38_143685_box7_Incident_Summaries_1-100
Agency: Department of War
Page 40
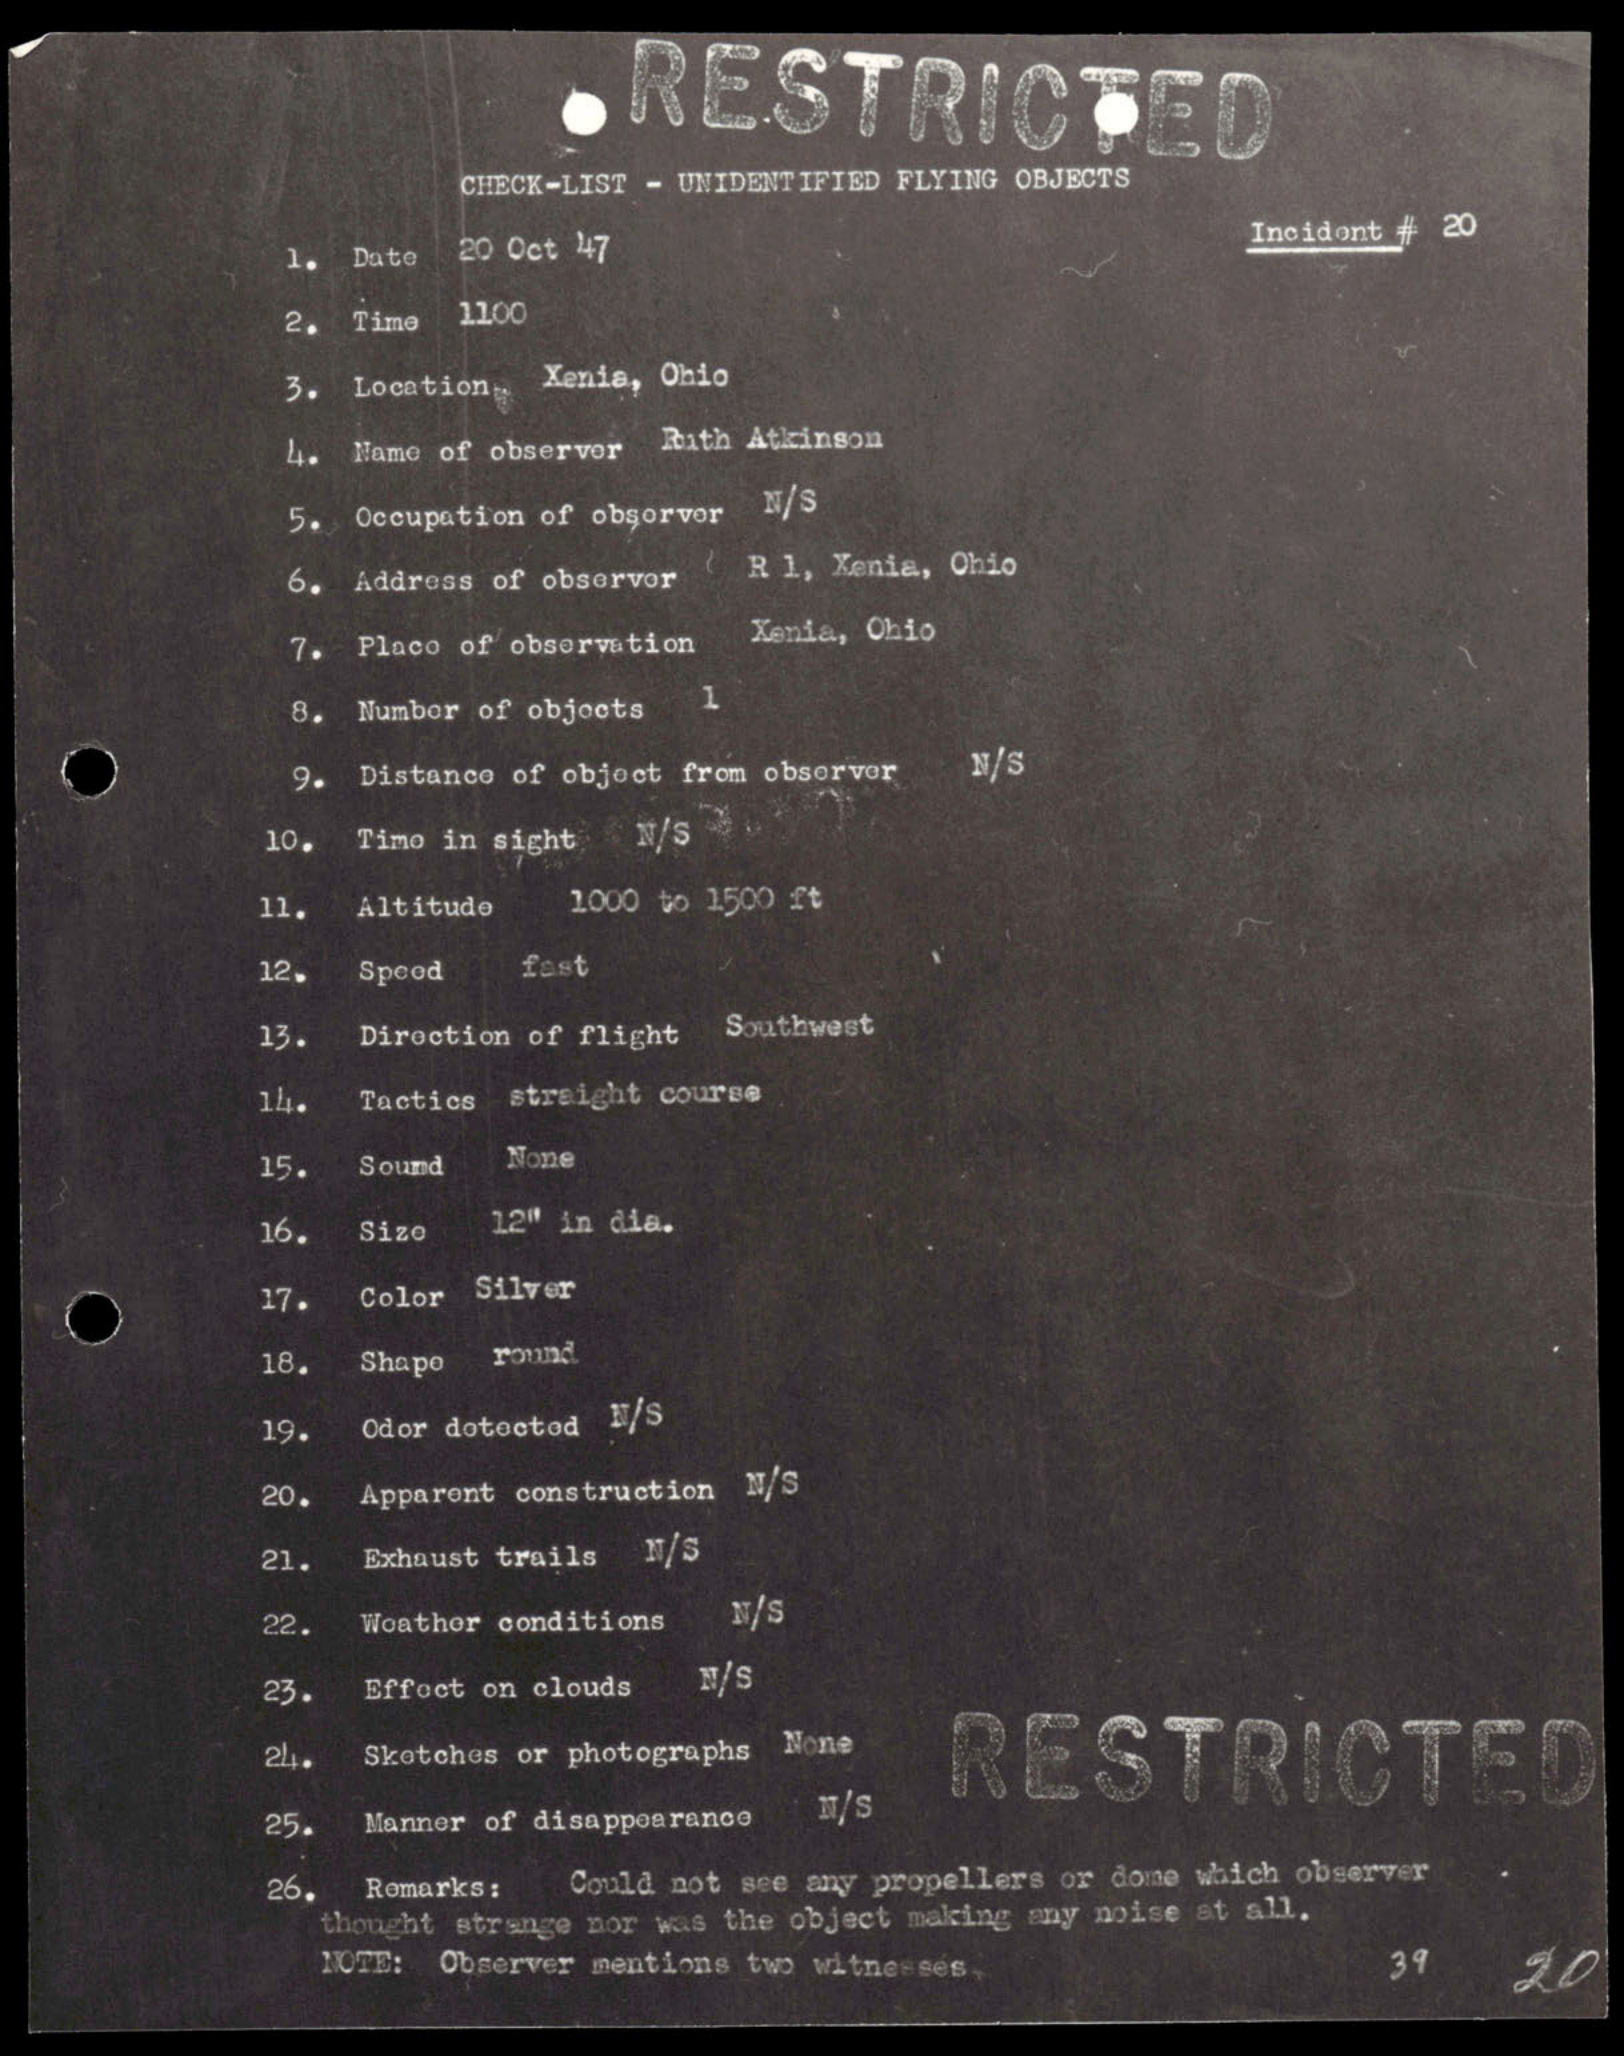